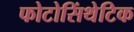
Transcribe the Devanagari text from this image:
फोटोसिंथेटिक